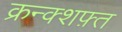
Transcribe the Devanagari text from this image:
क्रन्क्शफ़्त